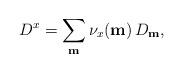
LaTeX: \begin{align*}D^{x} = \sum_{\substack{ \mathbf{m} \\}} \nu_x(\mathbf{m})\, D_{\mathbf{m}},\end{align*}